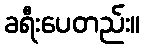
ခရီးပေတည်း။